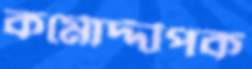
কর্মোদ্দীপক